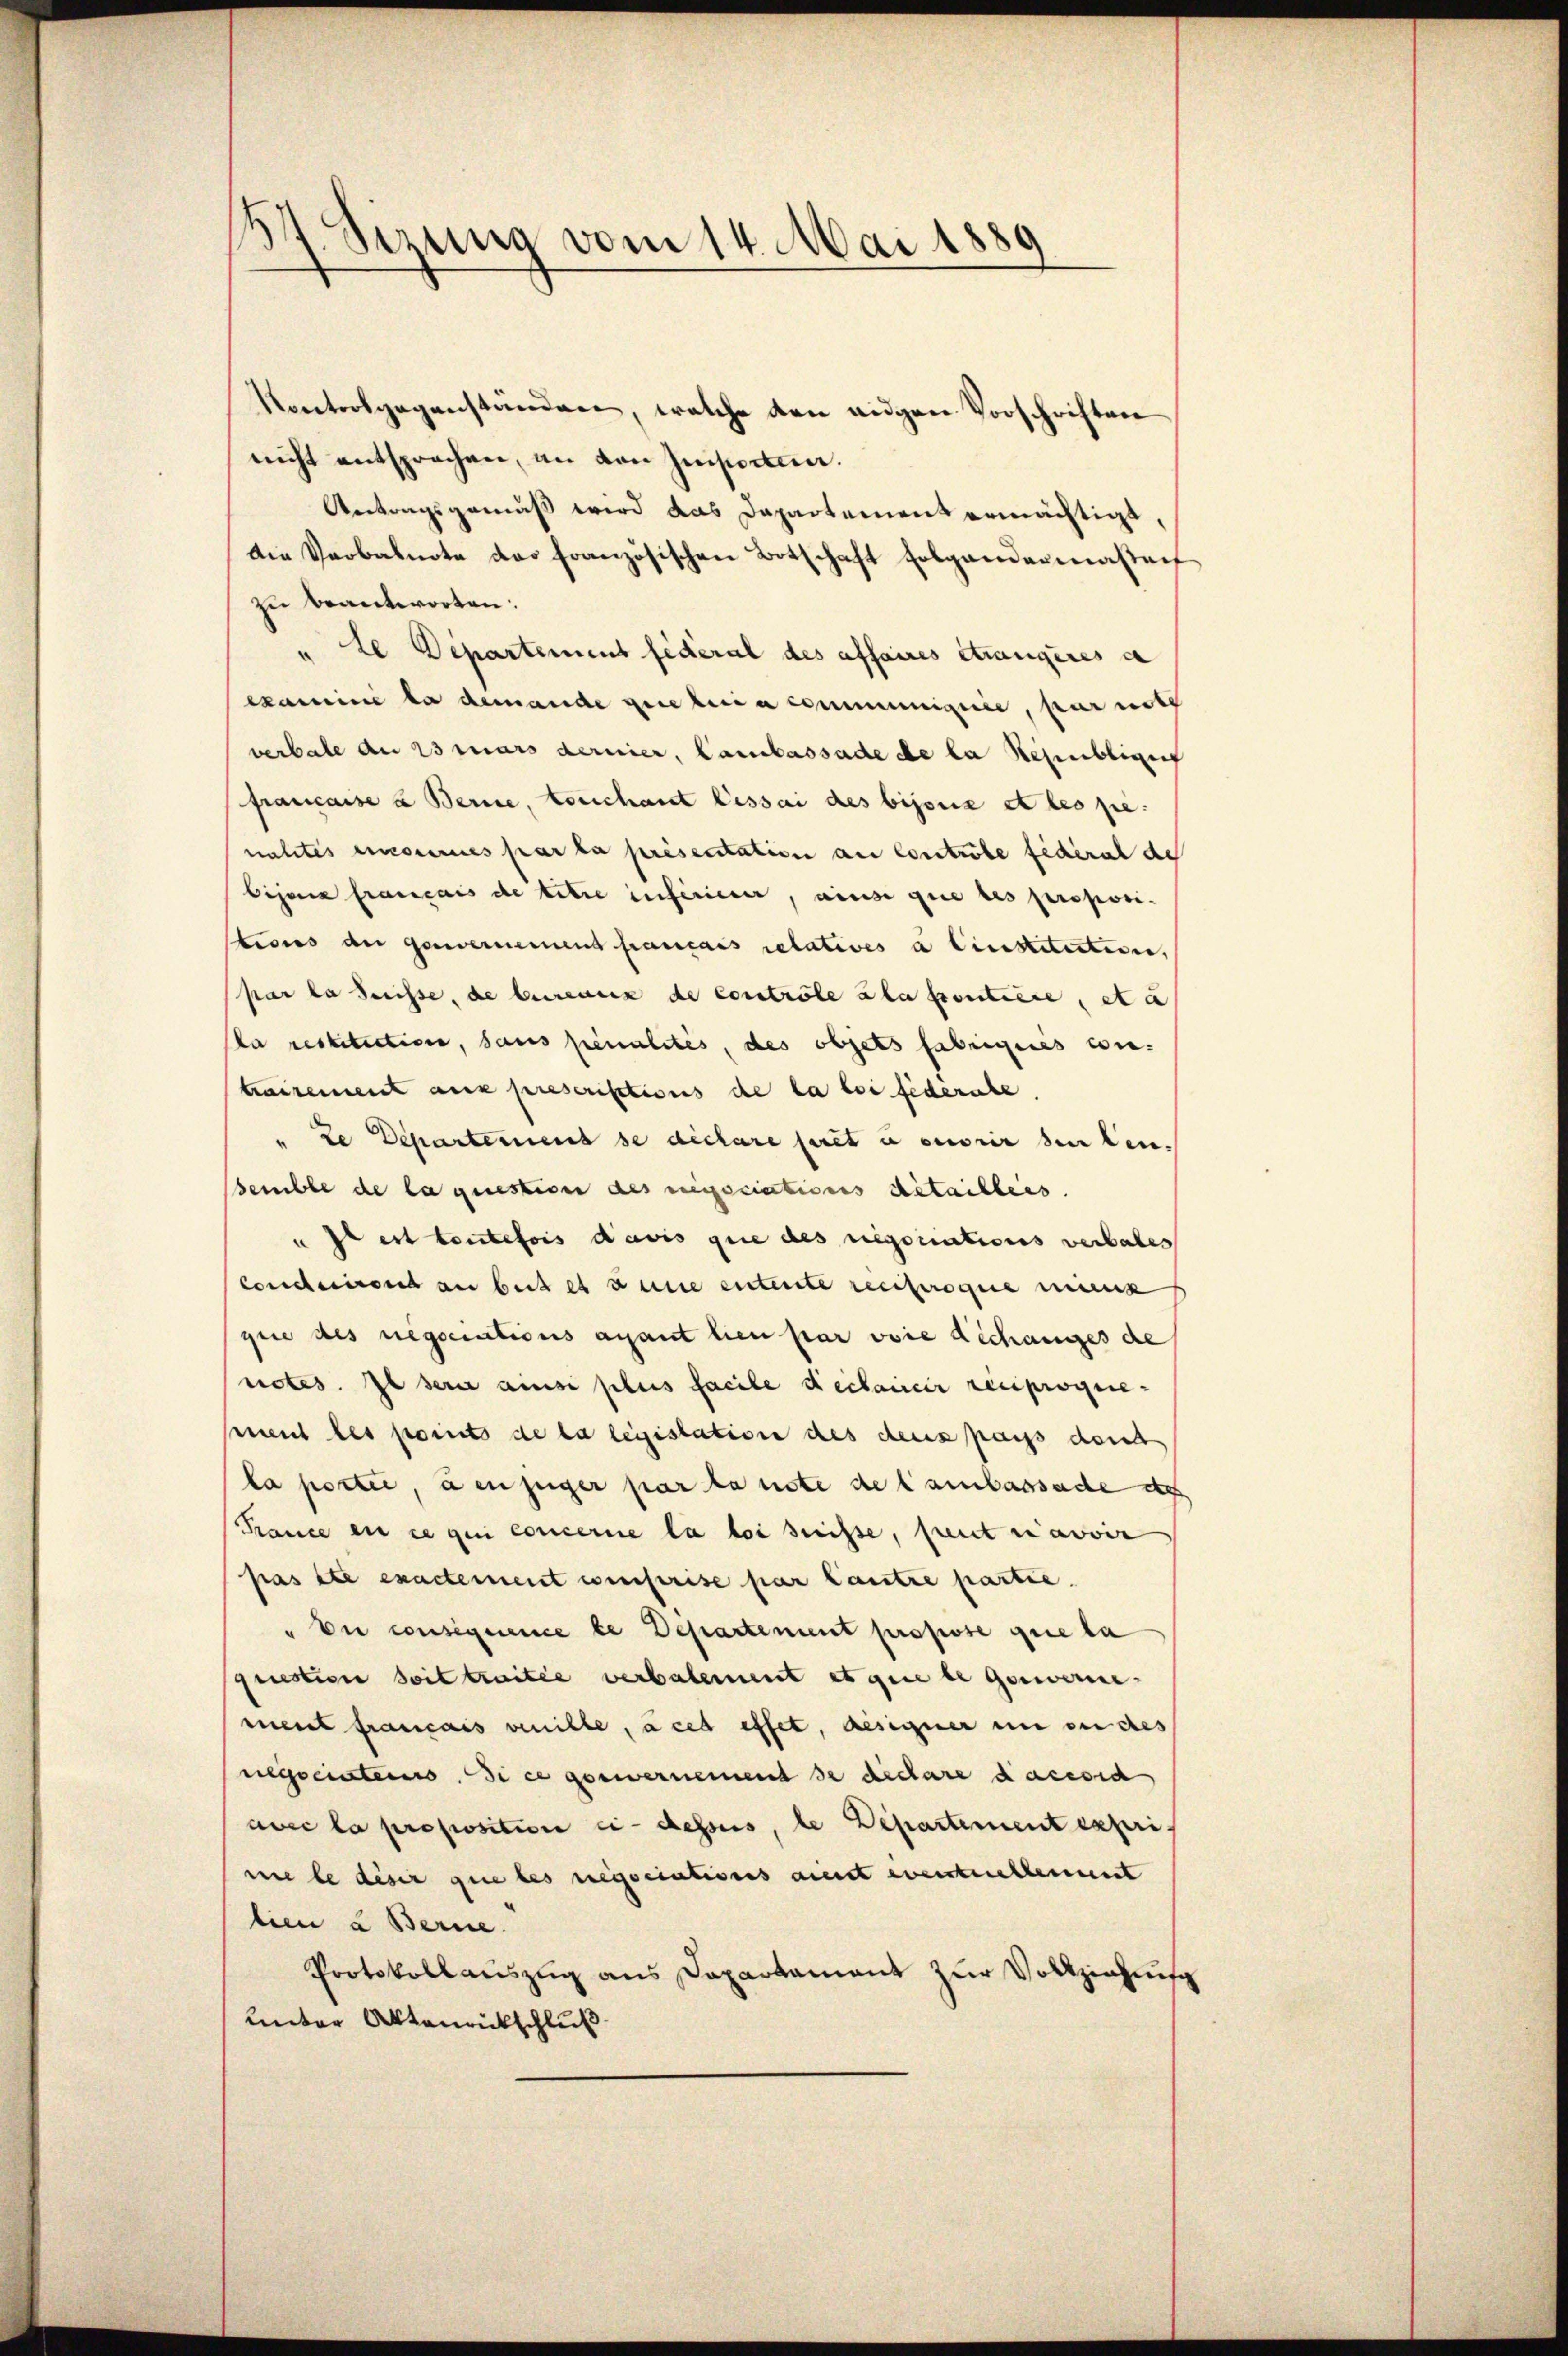
37. Sizung vom 14. Mai 1889

Kontrolgegenständen, welche den eigen Vorschriften
nicht entsprochen, an von Imperten.
Antragsgemäß wird das Dapartement ermächtigt,
die Verbalnote das französischen Botschaft folgendermaßen
zu beantworten.
" Le Departement federal des affaires Strangeres a
examine la demande gereteria communiquée, par noth
verbale an 25 mars dernier, Cambassade de la Regenstigung
francaise u Berne, touchant lessai des bijona et les pe
nahtes enconnues par la présentation an Controbe federat de
bijan français de titre inférieur, ains que les proposistius an Genernement francais relatives à Cinstitution,
par la Suisse, de bureaux de controle ala Contiere, et a
ka restitution, sans penalités, des objets fabriques con-
trairement aux preserisitions de la loi féderate
" Le Departement se déclare serit u ouvrir den ben
semble de la question des negociations detaillers.
u Il est toutefois davis que des negotiations verbales
Conclusirend an beit es seine entente reciproque merk
gie des negociations avant lieu par voie dechanges de
netes. Il sera ause plus facile declamier reciproquement les points de la legistation des deus pass deut
la portei, den zuger par la note de Cambassade de
Rance en ce qui concerne la loi dreisse, seit in ewi
pas ste exactement wisserise par lautre partie.
" Die consequence de Departement propose que la
question soit traitée verbalement et que legenverne-
ment français venille, à cet effet, gesegner in der des
negociateurs. Si ce gouvernement de declare dacesic
avec la proposition ci-desses, le Departement expri
nie le desir que les negociationes aient eventuelleinet
lien u Berne.
Protokollauszug aus Dapartament zur Vollziehung
unter Aktenrückschluß